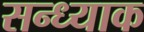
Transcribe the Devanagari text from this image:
सन्ध्याक